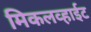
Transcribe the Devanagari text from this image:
मिकलव्हाईट